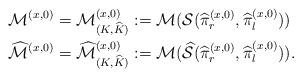
LaTeX: \begin{align*}{\cal M}^{(x,0)} = {\cal M}^{(x,0)}_{(K,\widehat{K})} & := {\cal M}({\cal S}(\widehat{\pi}^{(x,0)}_r, \widehat{\pi}^{(x,0)}_l)) \\\widehat{{\cal M}}^{(x,0)} = \widehat{{\cal M}}^{(x,0)}_{(K,\widehat{K})} & := {\cal M}(\widehat{{\cal S}}(\widehat{\pi}^{(x,0)}_r, \widehat{\pi}^{(x,0)}_l)). \end{align*}